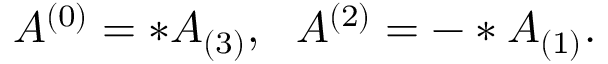
A ^ { ( 0 ) } = * A _ { ( 3 ) } , ~ ~ A ^ { ( 2 ) } = - * A _ { ( 1 ) } .